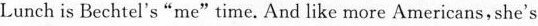
Lunch is Bechtel's "me"time. And like more Americans,she's